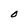
Character: O